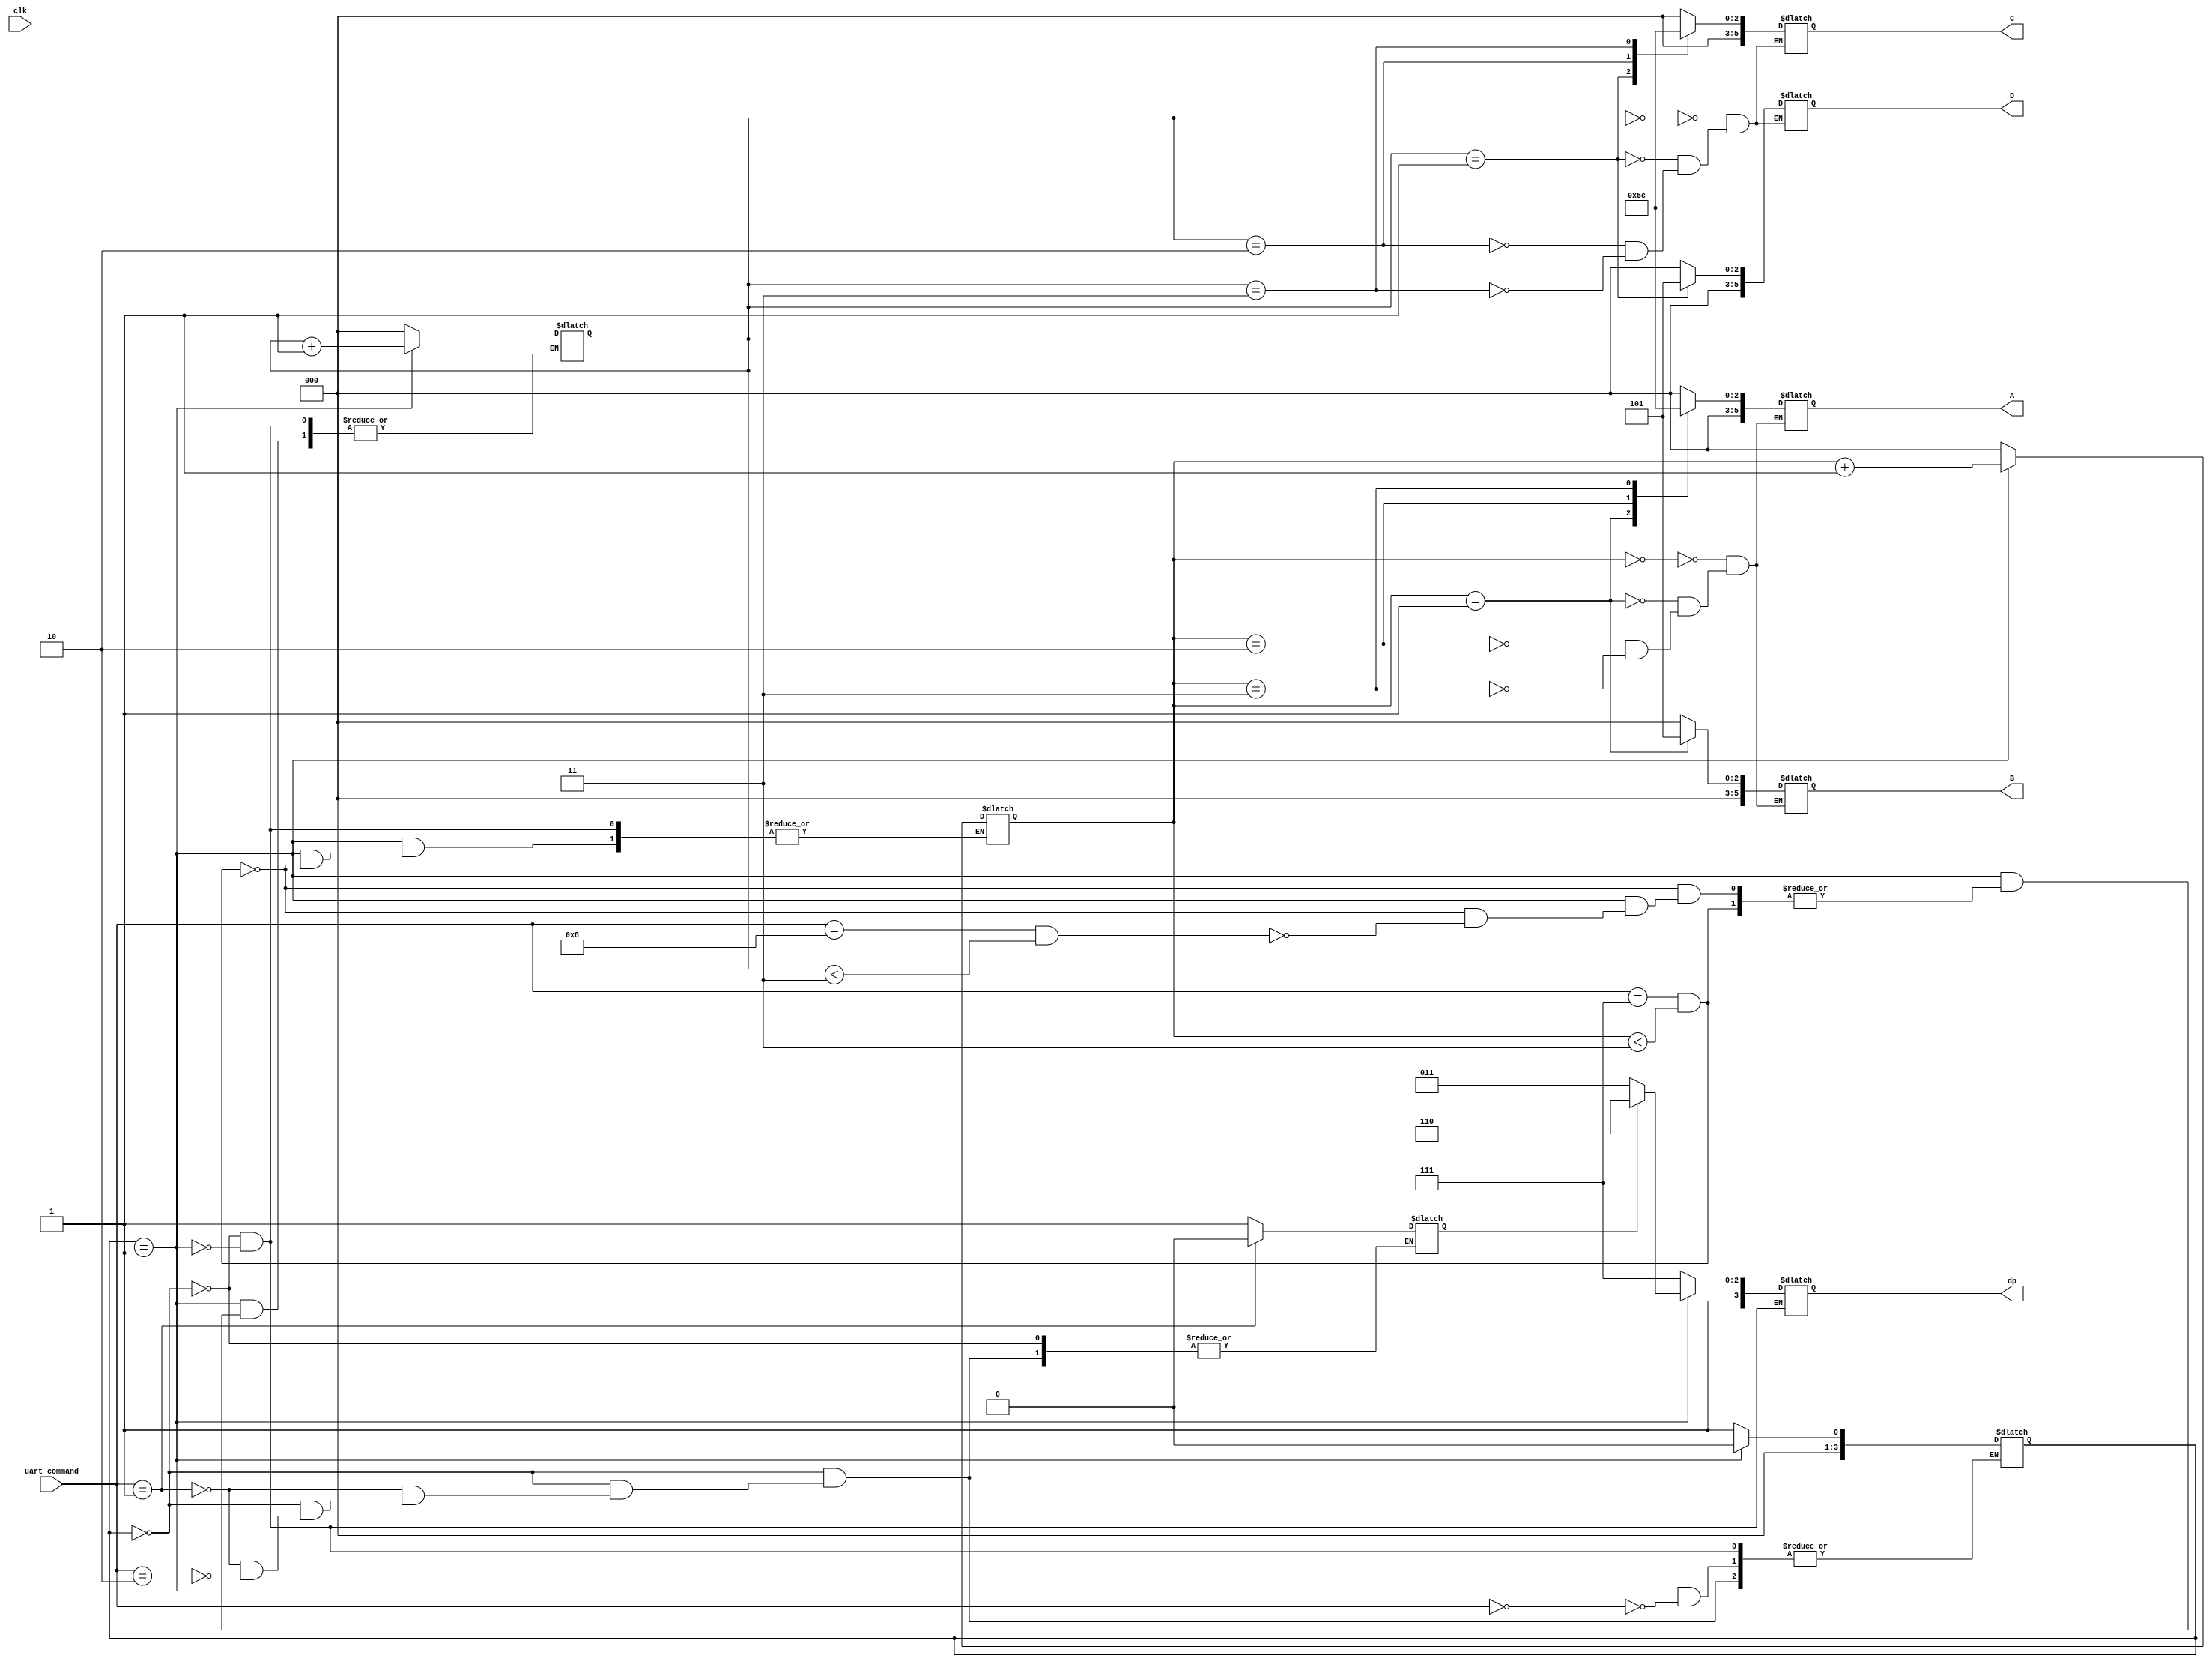
`timescale 1ns / 1ps
//////////////////////////////////////////////////////////////////////////////////
// Company: 
// Engineer: 
// 
// Design Name: 
// Module Name: game_state_machine
// Project Name: 
// Target Devices: 
// Tool Versions: 
// Description: 
// 
// Dependencies: 
// 
// Revision:
// Revision 0.01 - File Created
// Additional Comments:
// 
//////////////////////////////////////////////////////////////////////////////////


module game_state(input clk, input[3:0]uart_command, output reg [5:0] A,  output reg [5:0] B, output reg [5:0] C,output reg [5:0] D, output reg [3:0]dp);

parameter
 r = 4'b0000, //**
t1 = 4'b0001, 
t2 = 4'b0010, 
 g = 4'b0011, 
s1 = 4'b0100, 
s2 = 4'b0101, 
s3 = 4'b0110, 
one = 4'b0111, 
two = 4'b1000, //***

dpL = 4'b1011, 
dpR = 4'b1110, 
dpN = 4'b1111,

 zero_D = 6'b000000,
  one_D = 6'b000001,
  two_D = 6'b000010,
three_D = 6'b000011,
 four_D = 6'b000100,
 five_D = 6'b000101,
  six_D = 6'b000110,
seven_D = 6'b000111,
eight_D = 6'b001000,
 nine_D = 6'b001001,
  big_A = 6'b001010,
small_a = 6'b001011,
small_b = 6'b001100,
  big_C = 6'b001101,
small_c = 6'b001110,
small_d = 6'b001111,
  big_E = 6'b010000,
  big_F = 6'b010001,
  big_G = 6'b010010,
  big_H = 6'b010011,
small_h = 6'b010100,
  big_I = 6'b010101,
small_j = 6'b010110,
  big_L = 6'b010111,
small_n = 6'b011000,
  big_O = 6'b011001,
small_o = 6'b011010,
  big_P = 6'b011011,
small_q = 6'b011100,
small_r = 6'b011101,
  big_S = 6'b011110,
small_t = 6'b011111,
  big_U = 6'b100000,
small_u = 6'b100001,
small_y = 6'b100010,
  space = 6'b100011,
// states ***************************************
 /*state_love = 4'b0000, 
   state_15 = 4'b0001,
   state_30 = 4'b0010,
   state_40 = 4'b0011,
state_deuce = 4'b0100,
 state_adin = 4'b0101,
state_adout = 4'b0110,
state_loose = 4'b0111,
  state_win = 4'b1000;
*/
//************************************************
state_reset = 4'b0000, 
 state_play = 4'b0001;




reg [3:0] present_state = 4'b0000, next_state;

reg [2:0] l_score, r_score;

reg serving;


always @(present_state)
begin
    case(present_state)
        state_reset: begin 
            l_score <= 2'b00;
            r_score <= 2'b00;
            dp <= dpN;
            dp <= dpN;
            if(uart_command == t1)begin 
                 serving=0;
                 next_state = state_play;
            end
            
            else if(uart_command == t2) begin
                  serving=1;
                  next_state = state_play;
            end
        end
            
            
    
        state_play: begin 
            if(uart_command == r) next_state <= state_reset;
            if(serving == 0) dp = dpL;
            else if(serving == 1) dp = dpR;
            
            if(uart_command == one && l_score < 3'b011)begin
            l_score = l_score + 1;
            end
            
            else if(uart_command == two  && r_score < 3'b011)begin
            r_score = r_score + 1;
            end
        end
    endcase
end
        
        
always @(r_score)
begin        
    case(r_score)
        3'b000: begin
              C = zero_D;
              D = zero_D;
        end
        3'b001: begin
              C = one_D;
              D = five_D;
        end
        3'b010: begin
              C = three_D;
              D = zero_D;
        end
        3'b011: begin
              C = four_D;
              D = zero_D;
        end
    endcase
   
end
        
        
always @(l_score)
begin
    case(l_score)
        3'b000: begin  
              A = zero_D;
              B = zero_D;
        end
        3'b001: begin
              A = one_D;
              B = five_D;
        end
        3'b010: begin
              A = three_D;
              B = zero_D;
        end
        3'b011: begin
              A = four_D;
              B = zero_D;
        end
    endcase
end
        
        
        
        
        

    
always @(uart_command)
    present_state <= next_state;

    
    


endmodule